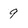
Character: 9